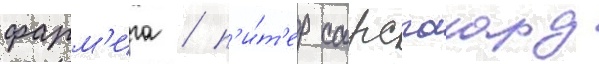
фарм'ига / п'и́т'ер сарсгаард